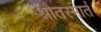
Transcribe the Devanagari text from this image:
श्रौतस्मार्त